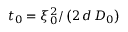
t _ { 0 } = \xi _ { 0 } ^ { 2 } / \left( 2 \, d \, D _ { 0 } \right)